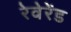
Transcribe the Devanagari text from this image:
रेवेरेंड